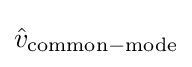
{\hat {v}}_{\mathrm {common-mode} }